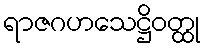
ရာဇဂဟသေဋ္ဌိဝတ္ထု